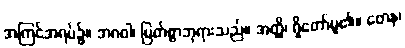
အကြင်အရပ်၌။ ဘဂဝါ၊ မြတ်စွာဘုရားသည်။ အတ္ထိ၊ ရှိတော်မူ၏။ တေန၊